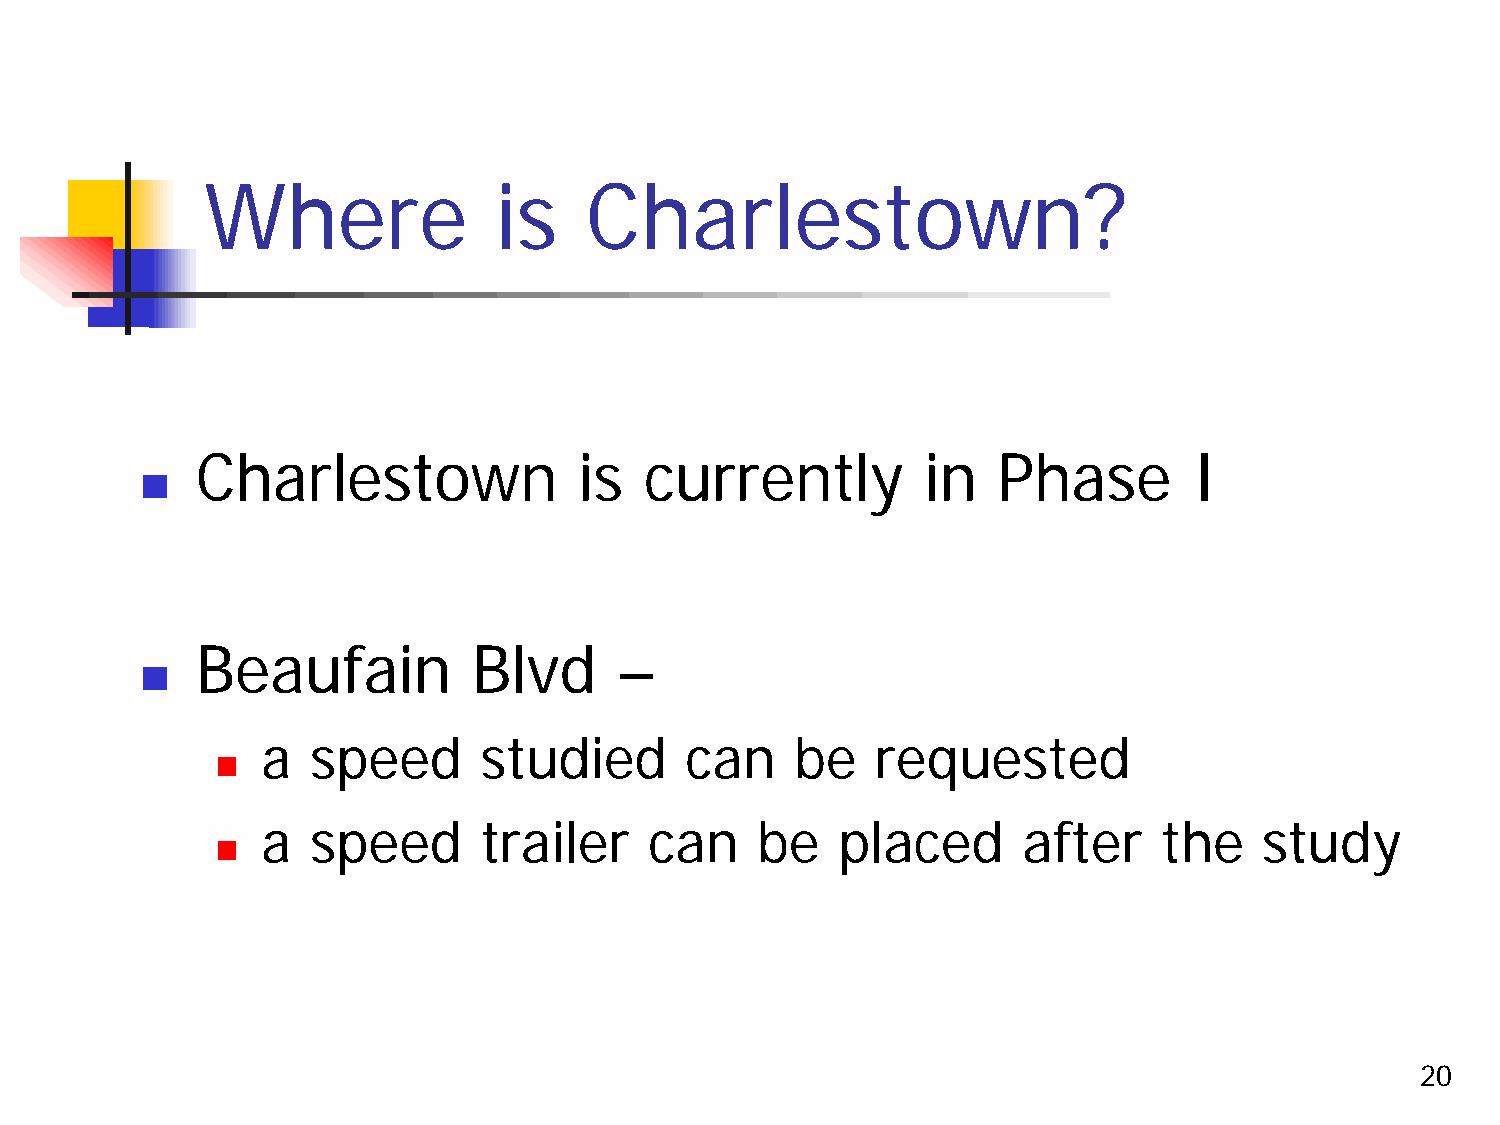
Where               is    Charlestown?
 Charlestown              is   currently         in   Phase        I
 
 Beaufain          Blvd      –
 
 a   speed      studied      can     be   requested
 
 a   speed      trailer    can    be   placed       after    the    study
 
 20